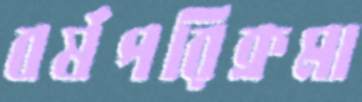
বর্ষপরিক্রমা